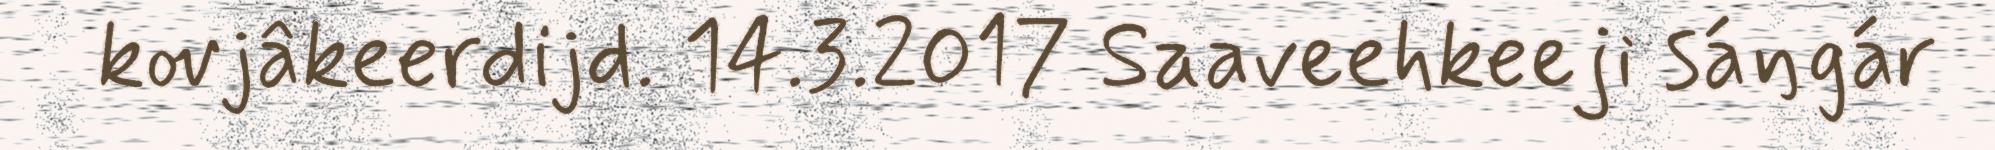
kovjâkeerdijd. 14.3.2017 Saaveehkeeji sáŋgár